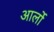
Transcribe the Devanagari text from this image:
आर्लो